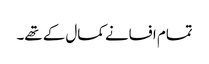
تمام افسانے کمال کے تھے۔